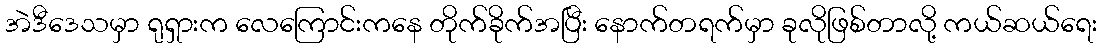
အဲဒီဒေသမှာ ရုရှားက လေကြောင်းကနေ တိုက်ခိုက်အပြီး နောက်တရက်မှာ ခုလိုဖြစ်တာလို့ ကယ်ဆယ်ရေး